Lunatic asylums Punjab 1895-1910 - 1895-1910
Year: 1895
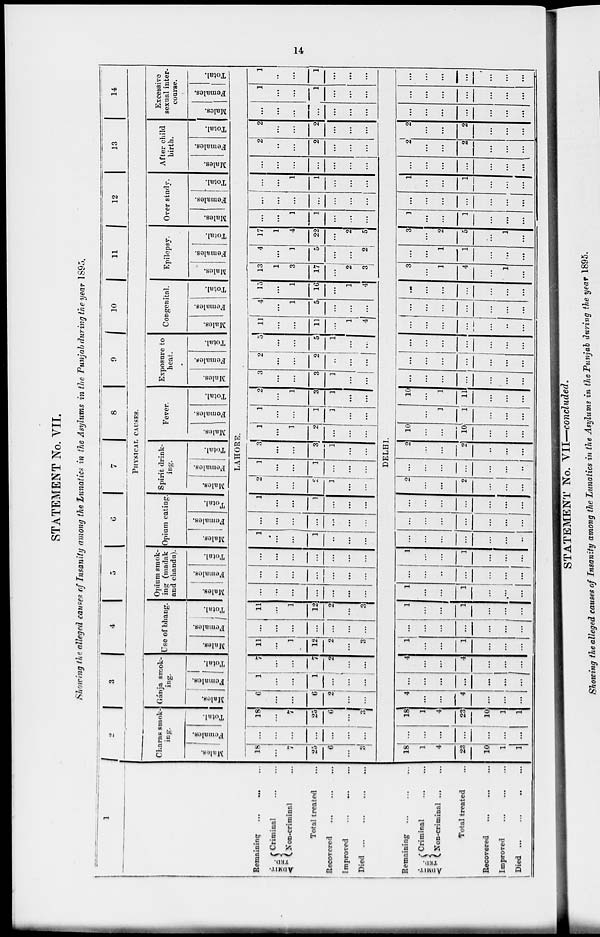
14
STATEMENT No. VII.
Showing the alleged causes of Insanity among the Lunatics in the Asylums in the Punjab during the year 1895.
1
2
3 4
5
6
7
8
9
10
11
12
13
14
PHYSICAL CAUSES.
Charas Smok-
ing.
Males.
Females.
Total.
Gánja Smok-
ing.
Males.
Females.
Tolal.
Use of bhang.
Males.
Females.
Total.
Opium smok¬
ing (madak
and chandu).
Males.
Females.
Total.
Opium eating.
Males.
Females.
Total.
Spirit drink-
ing.
Males.
Females.
Total.
Fever.
Males.
Females.
Total.
Exposure to
heat.
Males.
Females.
Total.
Congenital.
Males.
Females.
Total.
Epilepsy.
Males.
Females.
Total.
Over study.
Males.
Females.
Total.
After child
birth.
Males.
Females.
Total.
Excessive
sexual inter¬
course.
Males.
Females.
Total.
LAHORE.
Remaining ... ... ...
ADMIT-
TED
Criminal ... ...
Non-criminal...
Total treated...
Recovered... ... ...
Improved... ...
...
Died...
...
...
...
18
...
7
25
6
...
3
...
...
...
...
...
...
...
18
...
7
25
6
...
3
6
...
...
6
2
...
...
1
...
...
1
...
...
...
7
...
...
7
2
...
...
11
...
1
12
2
...
3
...
...
...
...
...
...
...
11
...
1
12
2
...
3
...
...
...
...
...
...
...
...
...
...
...
...
...
...
...
...
...
...
...
...
...
1
...
...
1
..
...
...
...
...
...
...
...
...
...
1
...
...
...
...
...
2
...
...
2
1
...
...
3
...
...
1
...
...
...
3
...
...
3
1
...
...
1
...
1
2
...
...
...
1
...
...
1
3
...
...
2
...
1
3
1
...
...
3
...
...
3
1
...
...
2
...
...
2
...
...
...
5
...
...
5
1
...
...
11
...
...
11
...
1
4
4
...
1
5
...
...
15
...
1
16
...
1
4
13
1
3
17
...
2
3
4
...
1
5
...
...
2
17
1
4
22
...
2
5
...
...
3
1
...
...
...
...
...
...
...
...
...
...
...
...
1
1
...
...
...
...
...
...
...
...
...
...
2
...
...
2
...
...
...
2
...
...
2
...
...
...
...
...
...
...
...
...
...
1
...
...
1
...
...
...
1
...
...
1
...
...
...
DELHI.
Remaining ...
...
...
ADMIT-
TED
Criminal ... ...
Non-criminal
...
Total treated...
Recovered ... ... ...
Improved ... ... ...
Died... ... ...
18
1
4
23
10
1
1
...
...
...
...
...
...
...
18
1
4
23
10
1
1
4
...
...
4
...
...
...
...
...
...
...
...
...
...
4
...
...
4
...
...
...
1
...
...
1
...
...
...
...
...
...
...
...
...
...
1
...
...
1
...
...
...
1
...
...
1
...
...
...
...
...
...
...
...
...
...
1
...
...
1
...
...
...
...
...
...
...
...
...
...
...
...
...
...
...
...
...
...
...
...
...
...
...
...
...
...
...
2
...
...
...
...
...
...
...
...
...
...
2
...
...
2
...
...
...
10
...
...
10
...
...
...
...
...
1
1
...
...
...
10
...
1
11
...
...
...
...
...
...
...
...
...
...
...
...
...
...
...
...
...
...
...
...
...
...
...
...
...
...
...
...
...
...
...
...
...
...
...
...
...
...
...
...
...
...
...
...
...
3
...
1
4
...
1
...
...
...
1
1
...
...
...
3
...
2
5
...
1
...
1
...
...
3
...
...
...
...
...
...
...
...
...
...
1
...
...
1
...
...
...
...
...
...
...
...
...
...
2
...
...
2
...
...
...
2
...
...
2
...
...
...
...
...
...
...
...
...
...
...
...
...
...
...
...
...
...
...
...
...
...
...
...